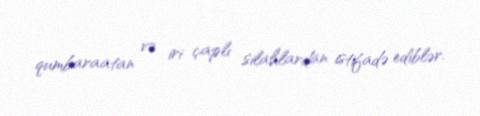
qumbaraatan və iri çaplı silahlardan istifadə ediblər.